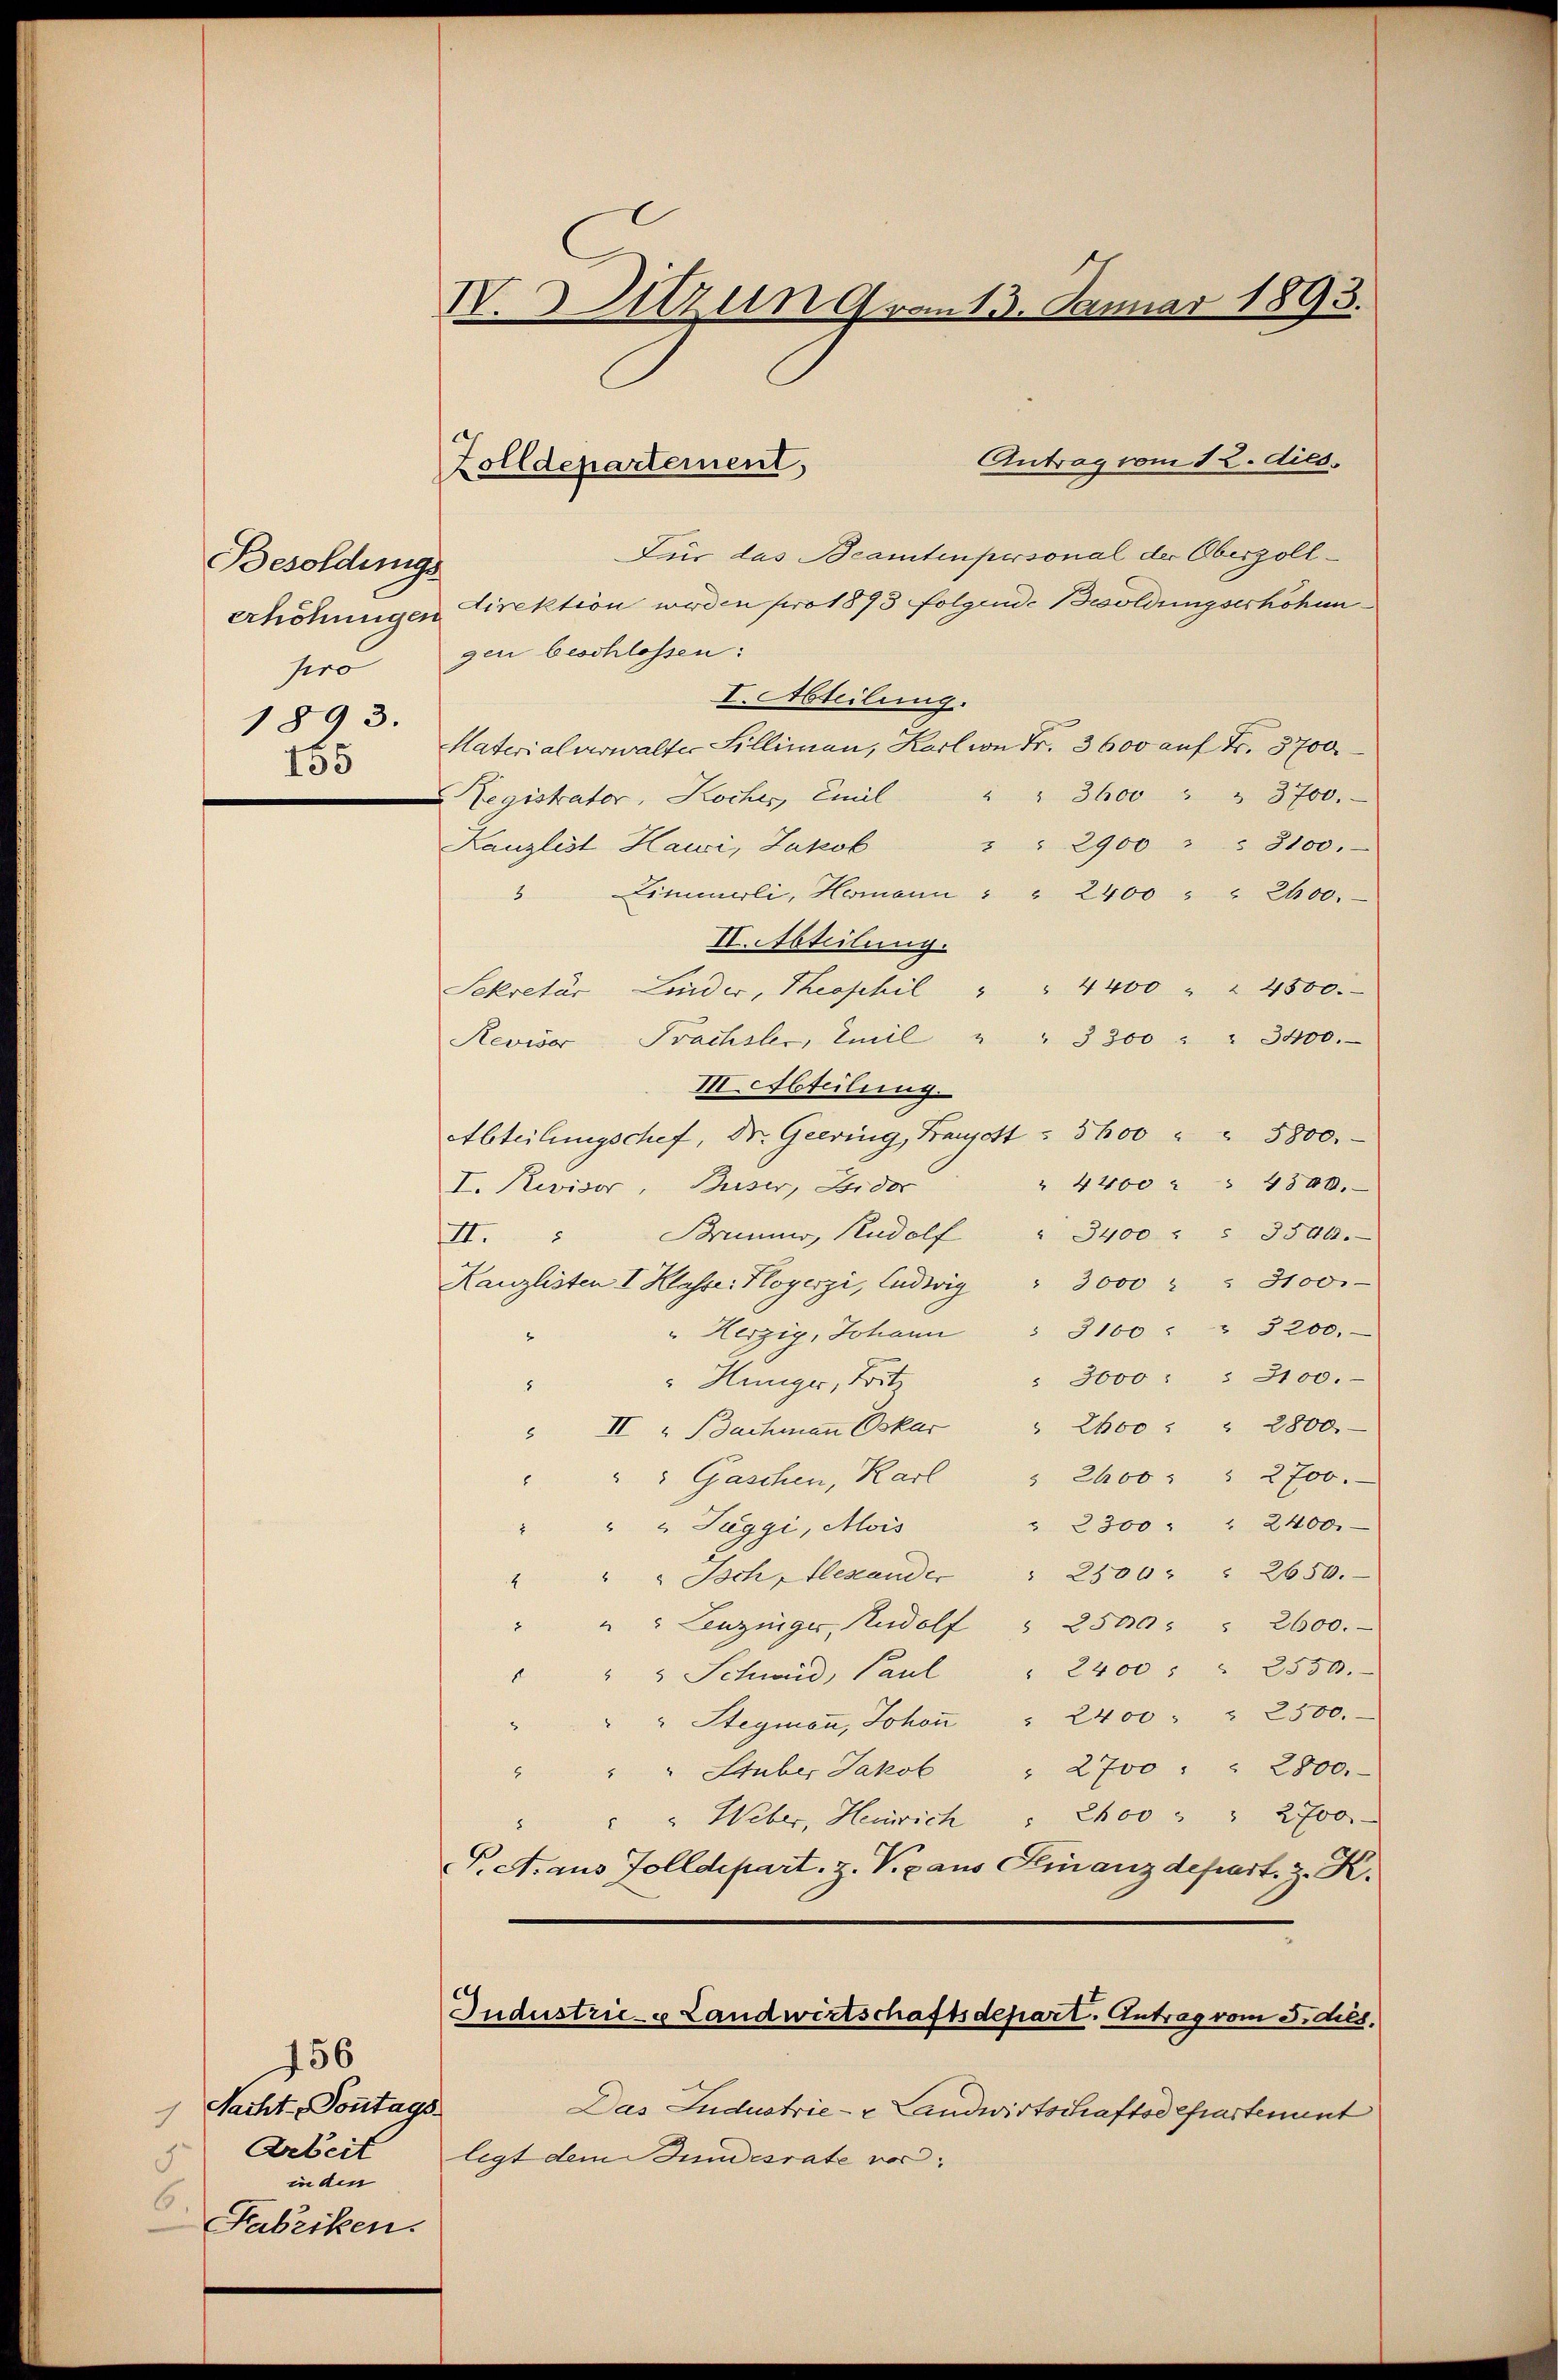
Besoldungs
erhöhungen
sero
1893.
155

156
Nacht Sonntags
Arbeit
5
in den
6
Fabriken.

IV. Sitzung vom 13. Januar 1893.

Für das Beamtenpersonal der Oberzoll¬
Direktion werden pro 1893 folgende Besoldungserhöhun
gen beschlossen:
I. Abteilung.
Materialverwalter Fillimann, Karl in Fr. 3600 auf Fr. 3700
" " 3600 " " 3700.
 Registrator, Koches Emil
" " 2900 " " 8100.
Kanzlist Hawi, Jakob
" Zimmerli, Hermann " " 2400 " " 2400.
II. Abteilung.
Sekretär Linder, Theoschil " " 4400 " " 4500.
Reviser Prachsler, Emil " " 3300 " " 3400.
III.Abteilung.
Abteilungschef, Dr. Geering, Franzott " 5600 " " 5800.
" 4400 " " 4300.
I. Revisor, Buser, Bider
II. " Brunner, Rudolf " 3400 " " 3540.
Kanzlisten I Klasser Kloyerzi, Ludwig " 3000 " " 3100.
" Herzig, Johann  3100 " " 3200.-
" 3000 : " 2100.
" Hüniger, Britz
8
II " Bachmann Oskar                                                                                          800
" " " Gaschen, Karl " 2400 " " 2700.
" 2300 " " 2400.
"" Tuggi, Mois
" " " Isch, Alexand" " 2500 : " 2650.
" " " Lenzinger, Rudolf " 2500 " " 2600.
" " " Schweid, Paul " 2400 " " 2550.
" " Stegmaṅ, Johaṅ " 2400 " " 2500.
" " " Stuber Jakob " 2700 " " 2800.
" Weber, Heinrich : Ehoo " " 2700
P. A. aus Tolldepart. z. Vixaus Finanzdepart. z. K.
Industrice Landwirtschaftsdepart. Antrag vom 3. ds.
Das Ludustrie- & Landwirtschaftsdepartement
legt dem Bundesrate vor:

Zolldepartement,

Antrag vom 12. dies.